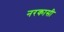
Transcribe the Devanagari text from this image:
नरकासी